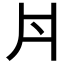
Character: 𠂁